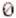
0